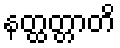
နတ္ထတ္တာတိ